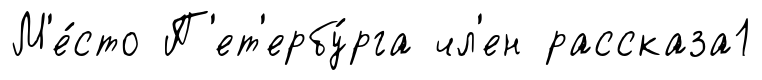
М'е́сто П'ет'ербу́рга чл'ен рассказа1